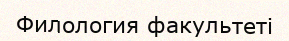
Филология факультеті